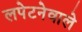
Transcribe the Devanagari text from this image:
लपेटनेवाले